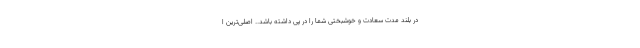
در بلند مدت سعادت و خوشبختی شما را در پی داشته باشد.. اصلی‌ترین ا